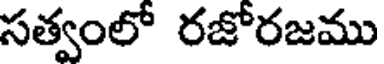
సత్వంలో రజోరజము